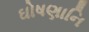
ઘોષણાનિ